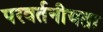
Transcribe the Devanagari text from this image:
परवर्तनीयता